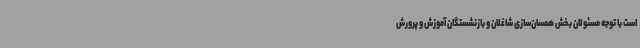
است با توجه مسئولان بخش همسان‌سازی شاغلان و بازنشستگان آموزش و پرورش